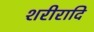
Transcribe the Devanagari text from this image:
शरीरादि